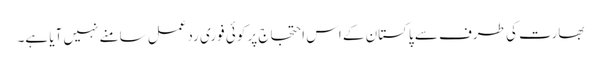
بھارت کی طرف سے پاکستان کے اس احتجاج پر کوئی فوری ردعمل سامنے نہیں آیا ہے۔